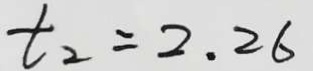
t _ { 2 } = 2 . 2 6